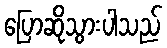
ပြောဆိုသွားပါသည်